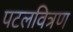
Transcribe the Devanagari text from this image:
पटलवित्रण